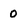
Character: 0